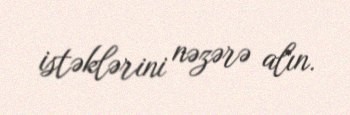
istəklərini nəzərə alın.